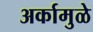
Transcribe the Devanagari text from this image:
अर्कामुळे